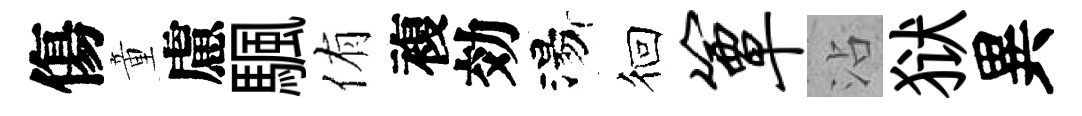
傷童慮颿侑複効湯徊簟沾狱異